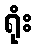
ရုံး